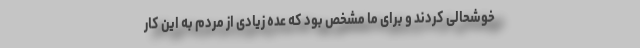
خوشحالی کردند و برای ما مشخص بود که عده زیادی از مردم به این کار